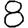
Digit: 8